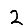
Digit: 2